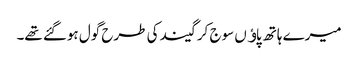
میرے ہاتھ پاﺅں سوج کر گیند کی طرح گول ہوگئے تھے۔